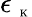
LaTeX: \epsilon_{\mathrm{~\tiny~K~}}